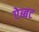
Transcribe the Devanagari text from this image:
ऐब्बट